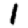
Digit: 1